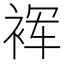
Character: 裈